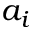
a _ { i }